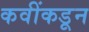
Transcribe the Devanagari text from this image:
कवींकडून